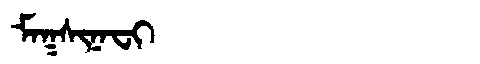
Manchu: ᠮᠠᡴᠰᡳᠨᠠᠸᡳ
Romanization: MAKSINAFI